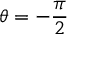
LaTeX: \theta = - { \frac { \pi } { 2 } }